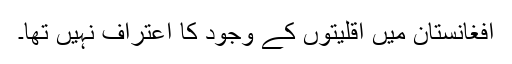
افغانستان میں اقلیتوں کے وجود کا اعتراف نہیں تھا۔